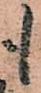
も